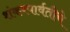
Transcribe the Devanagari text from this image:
शंकरपार्वतीचे